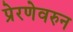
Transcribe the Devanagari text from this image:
प्रेरणेवरुन